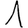
Digit: 1